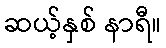
ဆယ့်နှစ် နာရီ။